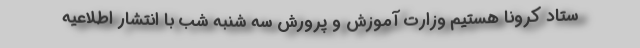
ستاد کرونا هستیم وزارت آموزش و پرورش سه شنبه شب با انتشار اطلاعیه